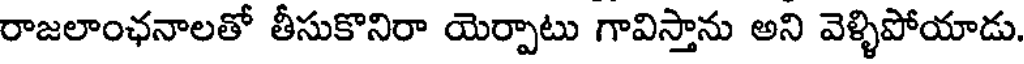
రాజలాంఛనాలతో తీసుకొనిరా యెర్పాటు గావిస్తాను అని వెళ్ళిపోయాడు.